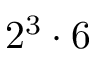
2 ^ { 3 } \cdot 6